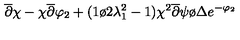
\overline { { \partial } } \chi - \chi \overline { { \partial } } \varphi _ { 2 } + ( { 1 \o { 2 \lambda _ { 1 } ^ { 2 } } } - 1 ) { { \chi ^ { 2 } \overline { { \partial } } \psi } \o \Delta } e ^ { - \varphi _ { 2 } }